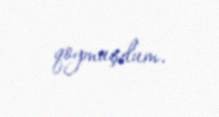
qoymuşdum.